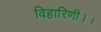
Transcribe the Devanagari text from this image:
विहारिणी।।